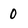
Character: 0